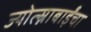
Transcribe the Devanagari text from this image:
ज्योत्स्नाबाईंचा